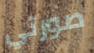
صورتي